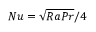
N u = \sqrt { R a P r } / 4